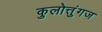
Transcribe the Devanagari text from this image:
कुलोत्तुंगज